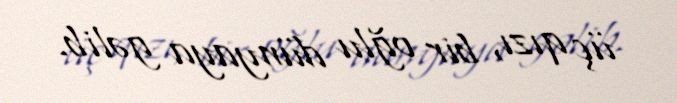
üç qızı, bir oğlu dünyaya gəlib.